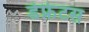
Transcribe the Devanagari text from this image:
डेफ्रेटस